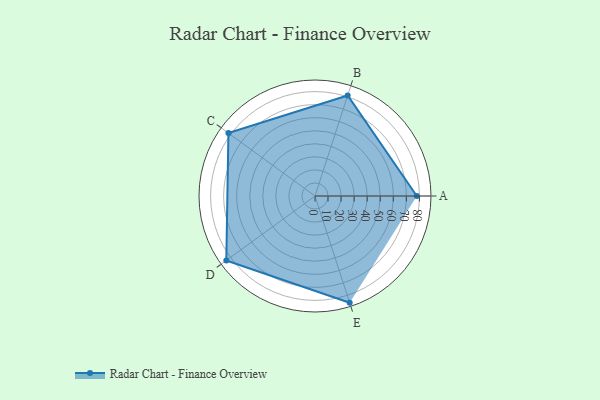
{"axis": {"x": "Skill", "y": "Score"}, "legend": ["Profile"], "data": [{"x": "A", "y": 78.0, "type": "Profile"}, {"x": "B", "y": 81.0, "type": "Profile"}, {"x": "C", "y": 82.0, "type": "Profile"}, {"x": "D", "y": 84.0, "type": "Profile"}, {"x": "E", "y": 86.0, "type": "Profile"}]}